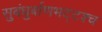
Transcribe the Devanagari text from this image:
सुबंधुर्बाणभट्टश्च